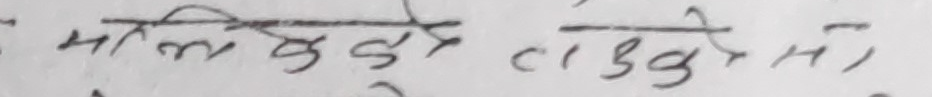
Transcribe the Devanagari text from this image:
मलियेकुळे टेडुङोन्